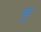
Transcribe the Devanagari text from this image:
ग्नु